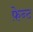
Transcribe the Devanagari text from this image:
फ़ेन्ट